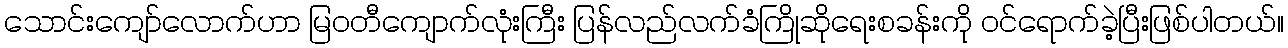
သောင်းကျော်လောက်ဟာ မြဝတီကျောက်လုံးကြီး ပြန်လည်လက်ခံကြိုဆိုရေးစခန်းကို ဝင်ရောက်ခဲ့ပြီးဖြစ်ပါတယ်။